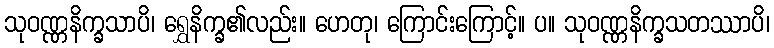
သုဝဏ္ဏနိက္ခသာပိ၊ ရွှေနိက္ခ၏လည်း။ ဟေတု၊ ကြောင်းကြောင့်။ ပ။ သုဝဏ္ဏနိက္ခသတဿာပိ၊